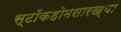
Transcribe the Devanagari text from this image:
स्टॉकहोमसारख्या